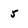
Character: 5